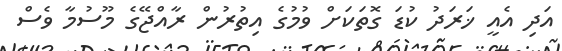
އަދި އެއީ ޚަރަދު ކުޑަ ގޮތަކަށް ވުމުގެ އިތުރުން ރާއްޖޭގެ މޫސުމާ ވެސް